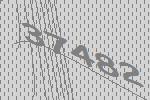
37482